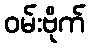
ဝမ်းဗိုက်